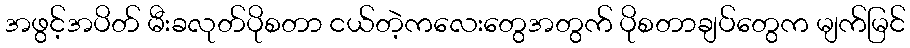
အဖွင့်အပိတ် မီးခလုတ်ပိုစတာ ငယ်တဲ့ကလေးတွေအတွက် ပိုစတာချပ်တွေက မျက်မြင်